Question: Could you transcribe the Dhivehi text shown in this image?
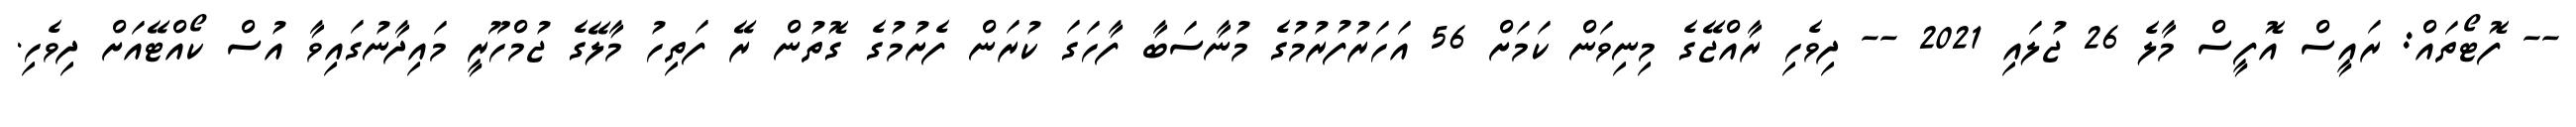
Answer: -- ފޮޓޯތައް: ރައީސް އޮފީސް މާލެ 26 ޖުލައި 2021 -- ދިވެހި ރާއްޖޭގެ މިނިވަން ކަމަށް 56 އަހަރުފުރުމުގެ މުނާސަބާ ފާހަގަ ކުރަން ފެށުމުގެ ގޮތުން ރޭ ފަތިހު މާލޭގެ ޖުމްހޫރީ މައިދާނުގައިވާ އުސް ކޯއްޓޭއަށް ދިވެހި.